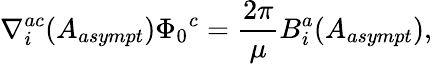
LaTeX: \nabla_{i}^{ac}(A_{asympt}){\Phi_{0}}^{c}=\frac{2\pi}{\mu}B_{i}^{a}(A_{asympt}),